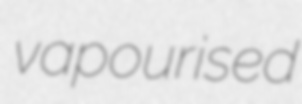
vapourised